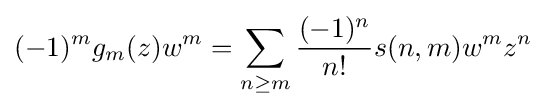
(-1)^{m}g_{m}(z)w^{m}=\sum _{n\geq m}{\frac {(-1)^{n}}{n!}}s(n,m)w^{m}z^{n}